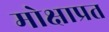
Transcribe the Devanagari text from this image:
मोक्षाप्रत